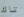
تاك